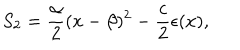
S _ { 2 } = \frac { \alpha } { 2 } ( x - \beta ) ^ { 2 } - \frac { c } { 2 } \epsilon ( x ) ,